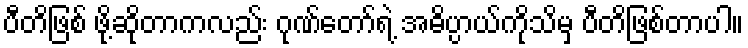
ပီတိဖြစ် ဖို့ဆိုတာကလည်း ဂုဏ်တော်ရဲ့ အဓိပ္ပာယ်ကိုသိမှ ပီတိဖြစ်တာပါ။